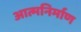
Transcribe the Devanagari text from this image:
आत्मनिर्माण